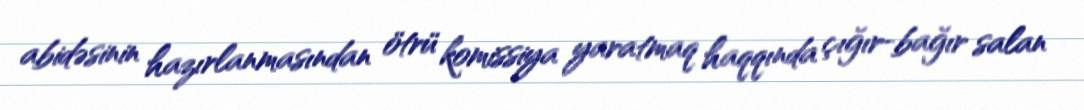
abidəsinin hazırlanmasından ötrü komissiya yaratmaq haqqında çığır-bağır salan